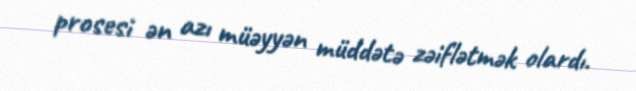
prosesi ən azı müəyyən müddətə zəiflətmək olardı.